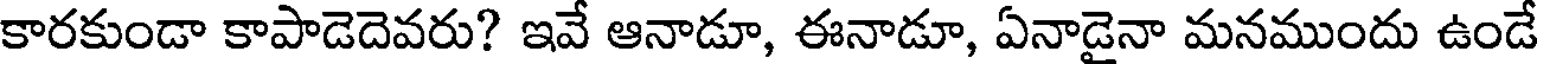
కారకుండా కాపాడెదెవరు? ఇవే ఆనాడూ, ఈనాడూ, ఏనాడైనా మనముందు ఉండే